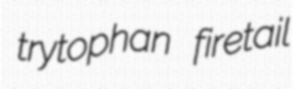
trytophan firetail